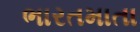
ભારતમાતા